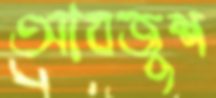
আবজুশ